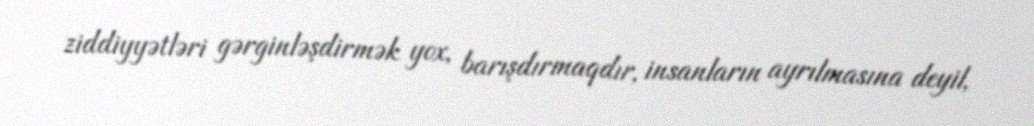
ziddiyyətləri gərginləşdirmək yox, barışdırmaqdır, insanların ayrılmasına deyil,